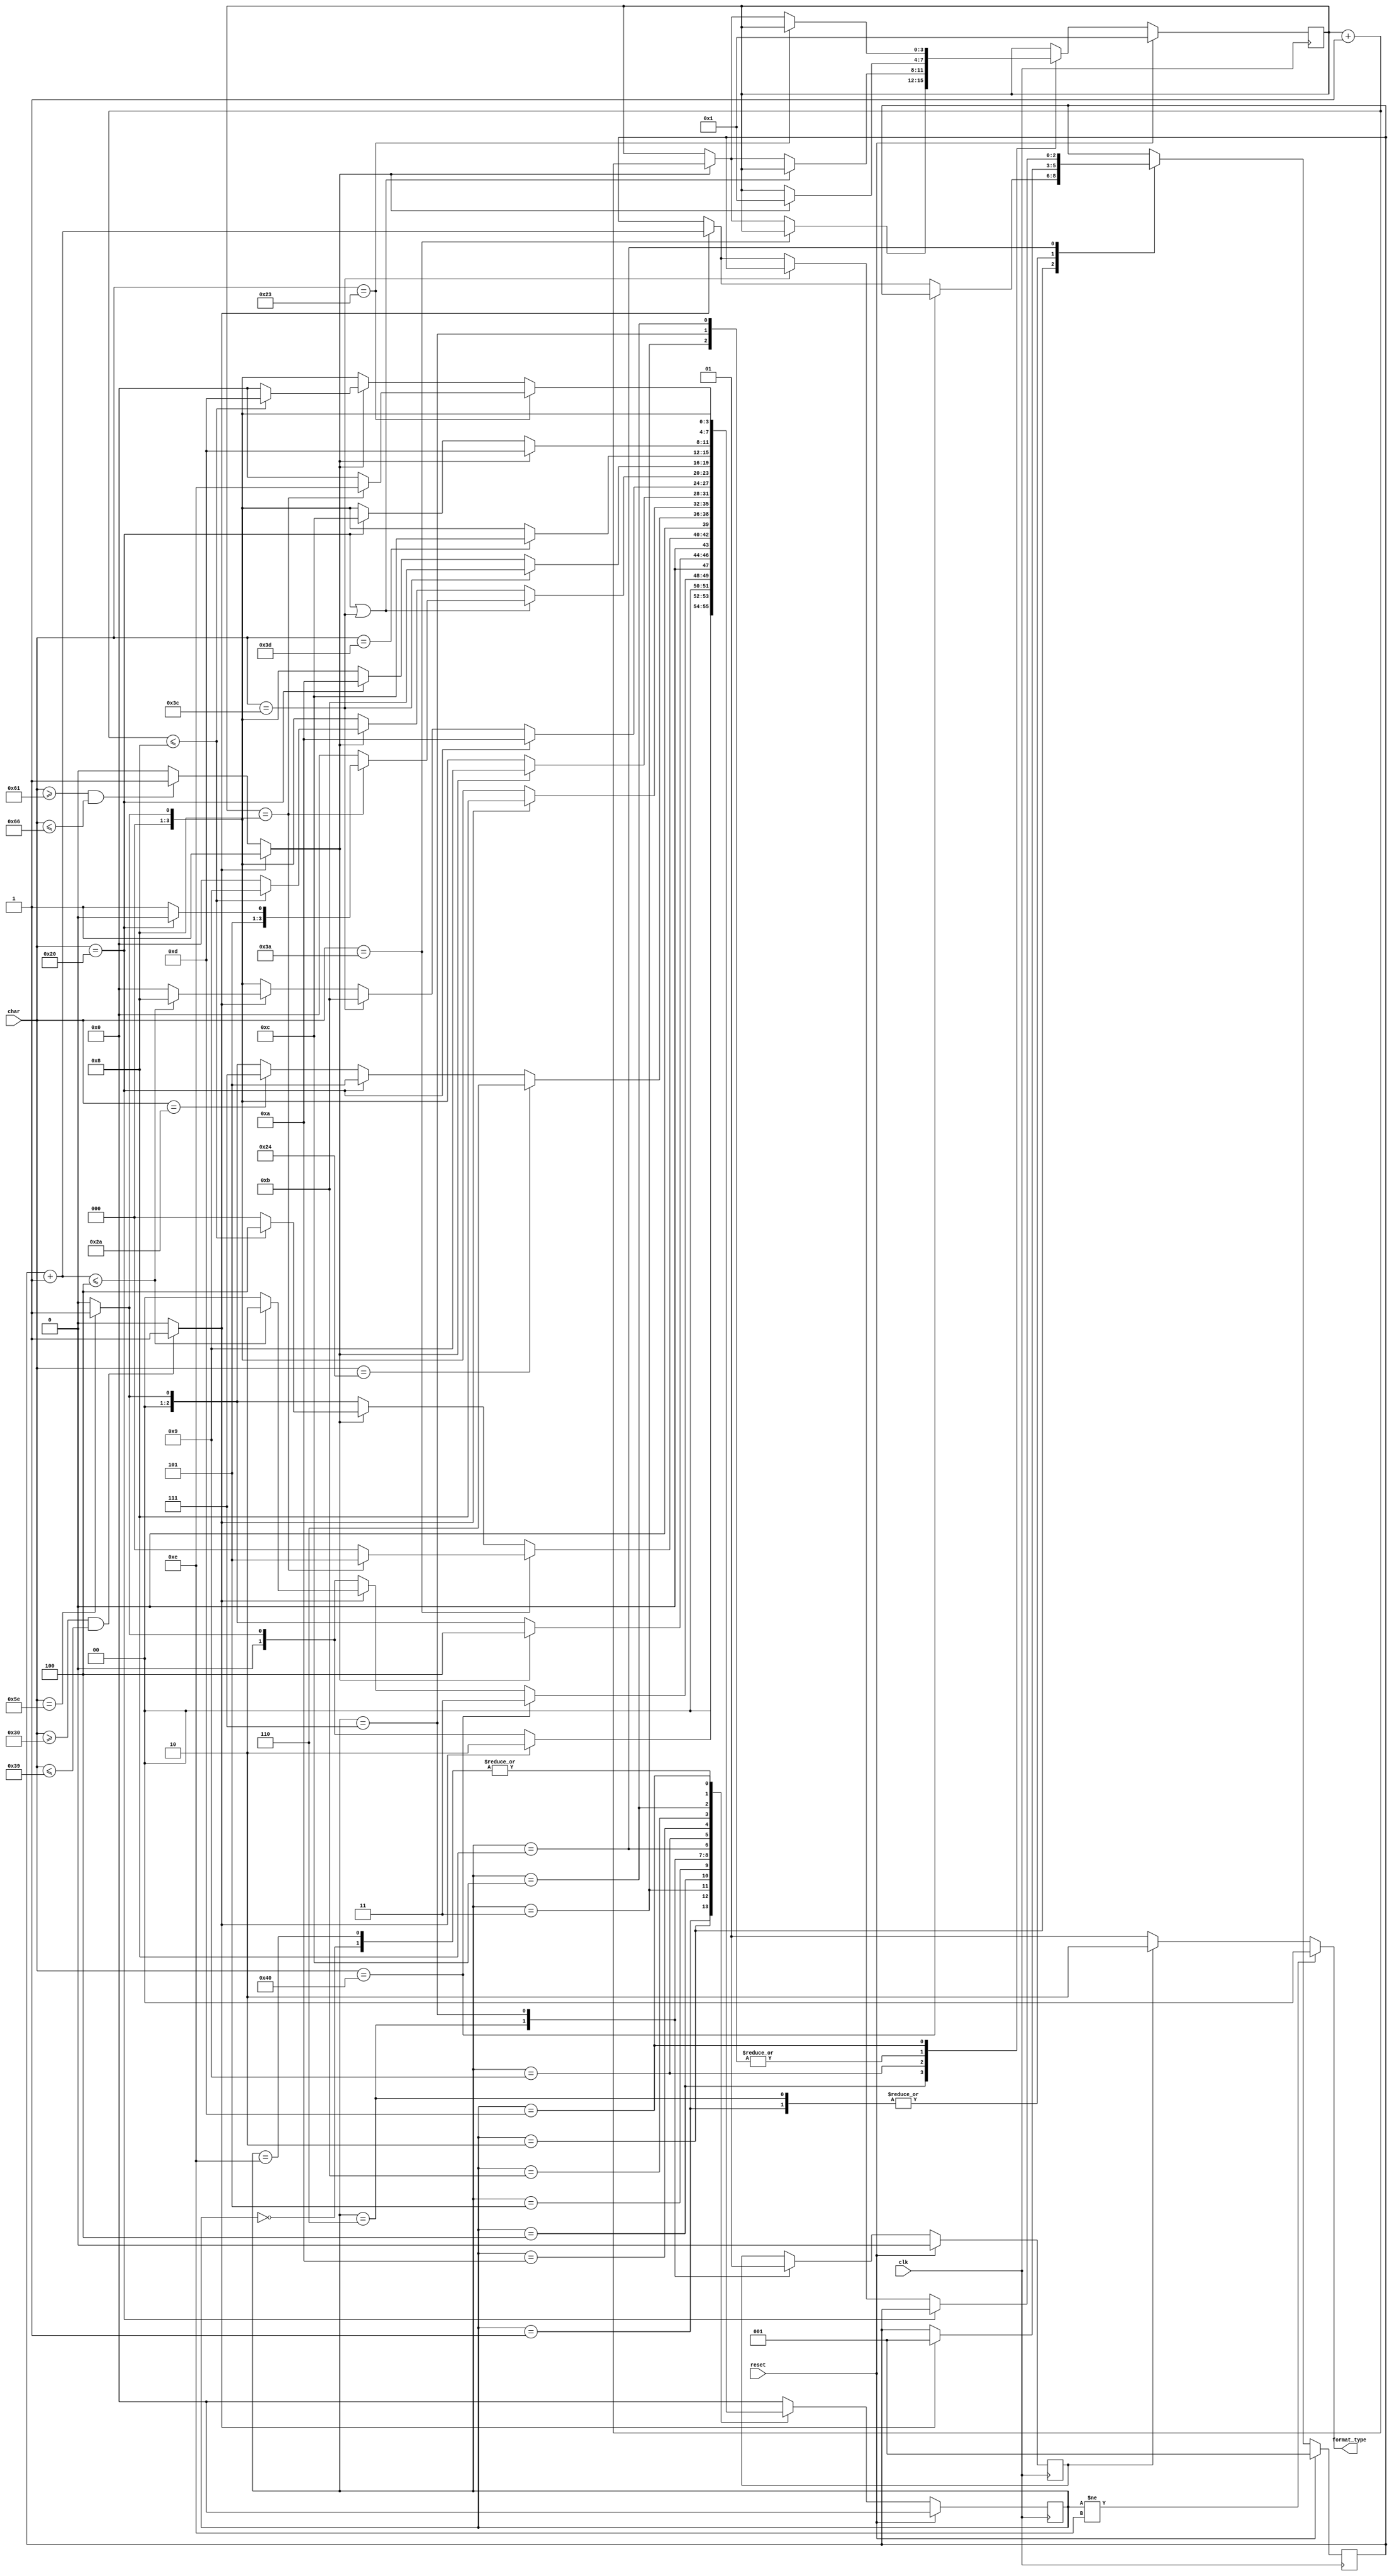
// cpu_checker.v
module cpu_check(
    input clk,
    input reset,
    input [7:0] char,
    output [1:0] format_type
    );

parameter INIT_STATUS = 4'd0;
parameter INIT_DECIMAL_REG = 3'd1;
parameter DECIMAL_TOP = 3'd4;
parameter INIT_HEX_REG = 4'd1;
parameter HEX_TOP = 4'd8;
parameter INIT_TYPE_REG = 1'b0;
parameter YES = 1'b1;
parameter NO = 1'b0;

reg [3:0] status = INIT_STATUS;             // FSM status
reg [2:0] decimalReg = INIT_DECIMAL_REG;    // Counter of the decimal number bits
reg [3:0] hexReg = INIT_HEX_REG;            // Counter of the hexadecima number bits
reg typeReg = INIT_TYPE_REG;                // Recorder of the cpu_info type, 0 for registers, 1 for memory

wire digit = (char >= "0" && char <= "9") ? YES : NO;
wire hexdigit = (digit == YES) ? YES :
                (char >= "a" && char <= "f") ? YES : NO;

assign format_type = (status != 4'd14) ? 2'b00 :
                     (typeReg == 1'b0) ? 2'b01 : 2'b10;

always @(posedge clk) begin
    if (reset == YES) begin    // If reset, reset all the registers.
        status <= INIT_STATUS;
        decimalReg <= INIT_DECIMAL_REG;
        hexReg <= INIT_HEX_REG;
        typeReg <= INIT_TYPE_REG;
    end
    else begin
        case (status)
            4'd0: begin         // Status 0: reading nothing
                if (char == "^") status <= 4'd1;
                else status <= INIT_STATUS;
            end
            4'd1: begin         // Status 1: reading "^"
                if (digit == YES) begin
                    decimalReg <= INIT_DECIMAL_REG;
                    status <= 4'd2;
                end
                else if (char == "^") status <= 4'd1;
                else status <= INIT_STATUS;
            end
            4'd2: begin         // Status 2: reading decimal number time
                if (char == "@") status <= 4'd3;
                else if (digit == YES) begin
                    decimalReg <= decimalReg + 3'b1;
                    if (decimalReg + 3'b1 <= DECIMAL_TOP) status <= 4'd2;
                    else status <= INIT_STATUS;
                end
                else if (char == "^") status <= 4'd1;
                else status <= INIT_STATUS;
            end
            4'd3: begin         // Status 3: reading "@"
                if (hexdigit == YES) begin
                    hexReg <= INIT_HEX_REG;
                    status <= 4'd4;
                end
                else if (char == "^") status <= 4'd1;
                else status <= INIT_STATUS;
            end
            4'd4: begin         // Status 4: reading hexadecimal number PC
                if (char == ":") begin
                    if (hexReg == HEX_TOP) status <= 4'd5;
                    else status <= INIT_STATUS;
                end
                else if (hexdigit == YES) begin
                    hexReg <= hexReg + 4'b1;
                    if (hexReg + 4'b1 <= HEX_TOP) status <= 4'd4;
                    else status <= INIT_STATUS;
                end
                else if (char == "^") status <= 4'd1;
                else status <= INIT_STATUS;
            end
            4'd5: begin         // Status 5: reading ":", with or without space
                if (char == "$") status <= 4'd6;
                else if (char == " ") status <= 4'd5;
                else if (char == "*") status <= 4'd7;
                else if (char == "^") status <= 4'd1;
                else status <= INIT_STATUS;
            end
            4'd6: begin         // Status 6: reading "$"
                typeReg <= 1'b0;
                if (digit == YES) begin
                    decimalReg <= INIT_DECIMAL_REG;
                    status <= 4'd8;
                end
                else if (char == "^") status <= 4'd1;
                else status <= INIT_STATUS;
            end
            4'd7: begin         // Status 7: reading "*"
                typeReg <= 1'b1;
                if (hexdigit == YES) begin
                    hexReg <= INIT_HEX_REG;
                    status <= 4'd9;
                end
                else if (char == "^") status <= 4'd1;
                else status <= INIT_STATUS;
            end
            4'd8: begin         // Status 8: reading decimal number grf
                if (char == " ") status <= 4'd10;
                else if (char == "<") status <= 4'd11;
                else if (digit == YES) begin
                    decimalReg <= decimalReg + 3'b1;
                    if (decimalReg + 3'b1 <= DECIMAL_TOP) status <= 4'd8;
                    else status <= INIT_STATUS;
                end
                else if (char == "^") status <= 4'd1;
                else status <= INIT_STATUS;
            end
            4'd9: begin         // Status 9: reading hexadecimal number addr
                if (char == " " || char == "<") begin
                    if (hexReg == HEX_TOP) begin
                        if (char == " ") status <= 4'd10;
                        else status <= 4'd11;
                    end
                    else status <= INIT_STATUS;
                end
                else if (hexdigit == YES) begin
                    hexReg <= hexReg + 4'b1;
                    if (hexReg + 4'b1 <= HEX_TOP) status <= 4'd9;
                    else status <= INIT_STATUS;
                end
                else if (char == "^") status <= 4'd1;
                else status <= INIT_STATUS;
            end
            4'd10: begin        // Status 10: reading space after grf or after addr
                if (char == "<") status <= 4'd11;
                else if (char == " ") status <= 4'd10;
                else if (char == "^") status <= 4'd1;
                else status <= INIT_STATUS;
            end
            4'd11: begin        // Status 11: reading "<"
                if (char == "=") status <= 4'd12;
                else if (char == "^") status <= 4'd1;
                else status <= INIT_STATUS;
            end
            4'd12: begin        // Status 12: reading "=", with or without space
                if (hexdigit == YES) begin
                    hexReg <= INIT_HEX_REG;
                    status <= 4'd13;
                end
                else if (char == " ") status <= 4'd12;
                else if (char == "^") status <= 4'd1;
                else status <= INIT_STATUS;
            end
            4'd13: begin        // Status 13: reading hexadecimal number data
                if (char == "#") begin
                    if (hexReg == HEX_TOP) status <= 4'd14;
                    else status <= INIT_STATUS;
                end
                else if (hexdigit == YES) begin
                    hexReg <= hexReg + 4'b1;
                    if (hexReg + 4'b1 <= HEX_TOP) status <= 4'd13;
                    else status <= INIT_STATUS;
                end
                else if (char == "^") status <= 4'd1;
                else status <= INIT_STATUS;
            end
            4'd14: begin		// Status 14: reading "#"
                if (char == "^") status <= 4'd1;
                else status <= INIT_STATUS;
            end
            default: status <= INIT_STATUS;
        endcase
    end
end

endmodule